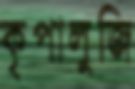
কৃপালুজি